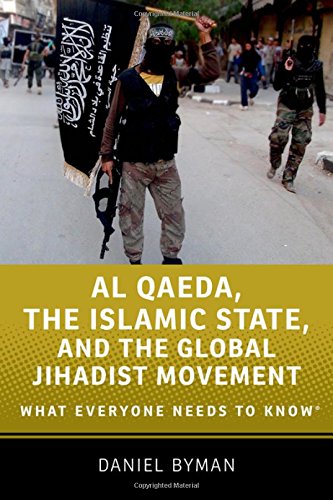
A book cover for Al Qaeda, the Islamic State, and the Global Jihadist Movement: What Everyone Needs to KnowÂ®; Daniel Byman; Religion & Spirituality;